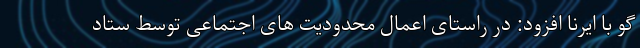
گو با ایرنا افزود: در راستای اعمال محدودیت های اجتماعی توسط ستاد